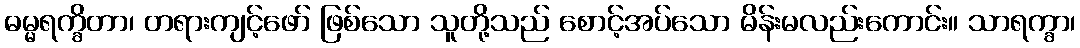
ဓမ္မရက္ခိတာ၊ တရားကျင့်ဖော် ဖြစ်သော သူတို့သည် စောင့်အပ်သော မိန်းမလည်းကောင်း။ သာရက္ခာ၊